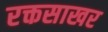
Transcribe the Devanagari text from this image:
रक्तसाखर